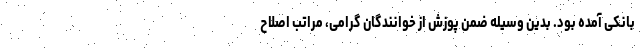
بانکی آمده بود. بدین وسیله ضمن پوزش از خوانندگان گرامی، مراتب اصلاح